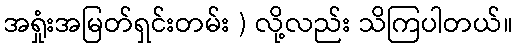
အရှုံးအမြတ်ရှင်းတမ်း ) လို့လည်း သိကြပါတယ်။